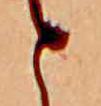
と